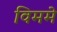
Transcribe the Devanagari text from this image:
विममे